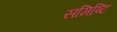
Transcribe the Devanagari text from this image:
समिष्टि